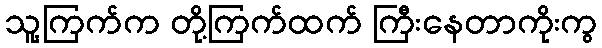
သူ့ကြက်က တို့ကြက်ထက် ကြီးနေတာကိုးကွ